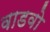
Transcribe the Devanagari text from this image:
वाडवो